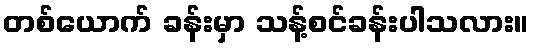
တစ်ယောက် ခန်းမှာ သန့်စင်ခန်းပါသလား။